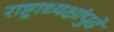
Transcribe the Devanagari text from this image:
राष्ट्राध्यक्षांपुढे